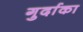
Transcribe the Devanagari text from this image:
गुर्दाका